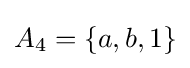
A_{4}=\{a,b,1\}